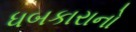
ધબકારાનો